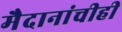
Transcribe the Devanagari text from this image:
मैदानांचीही